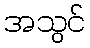
အသွင်